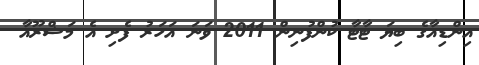
އިންޑިއާގެ ބިޔަ ޓާޓާ ކުންފުނިން 2011 ވަނަ އަހަރު ފެށި އެ މަޝްރޫއާ